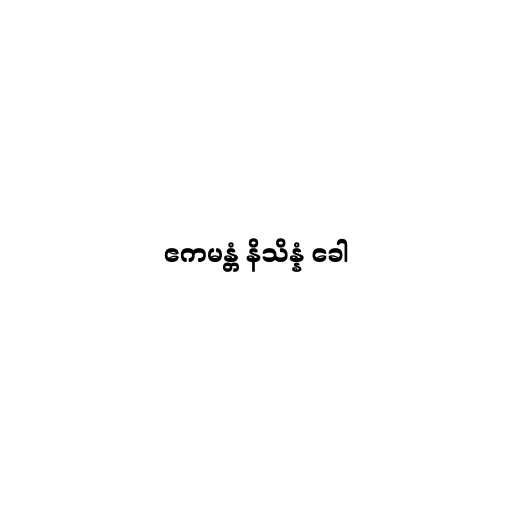
ဧကမန္တံ နိသိန္နံ ခေါ